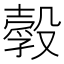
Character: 𣫃